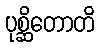
ပုစ္ဆိတောတိ